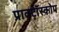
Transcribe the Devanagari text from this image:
प्राक्टॉस्कोप